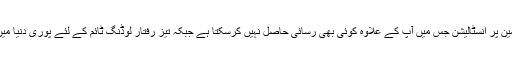
جیسے اسٹراٹیٹک ، یہ آپ کو رکھتا ہے WordPress ایک علیحدہ ڈومین پر انسٹالیشن جس میں آپ کے علاوہ کوئی بھی رسائی حاصل نہیں کرسکتا ہے جبکہ تیز رفتار لوڈنگ ٹائم کے لئے پوری دنیا میں 30 مقامات پر مشتمل اپنی ویب سائٹ کا مکمل جامد ورژن بناتے ہیں۔